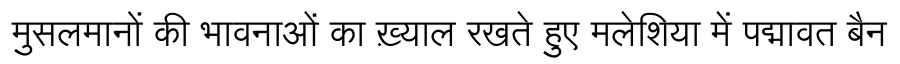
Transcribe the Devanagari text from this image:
मुसलमानों की भावनाओं का ख़्याल रखते हुए मलेशिया में पद्मावत बैन